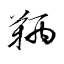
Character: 鞆